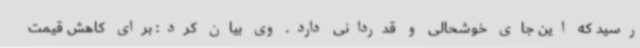
رسید که این جای خوشحالی و قدردانی دارد. وی بیان کرد: برای کاهش قیمت